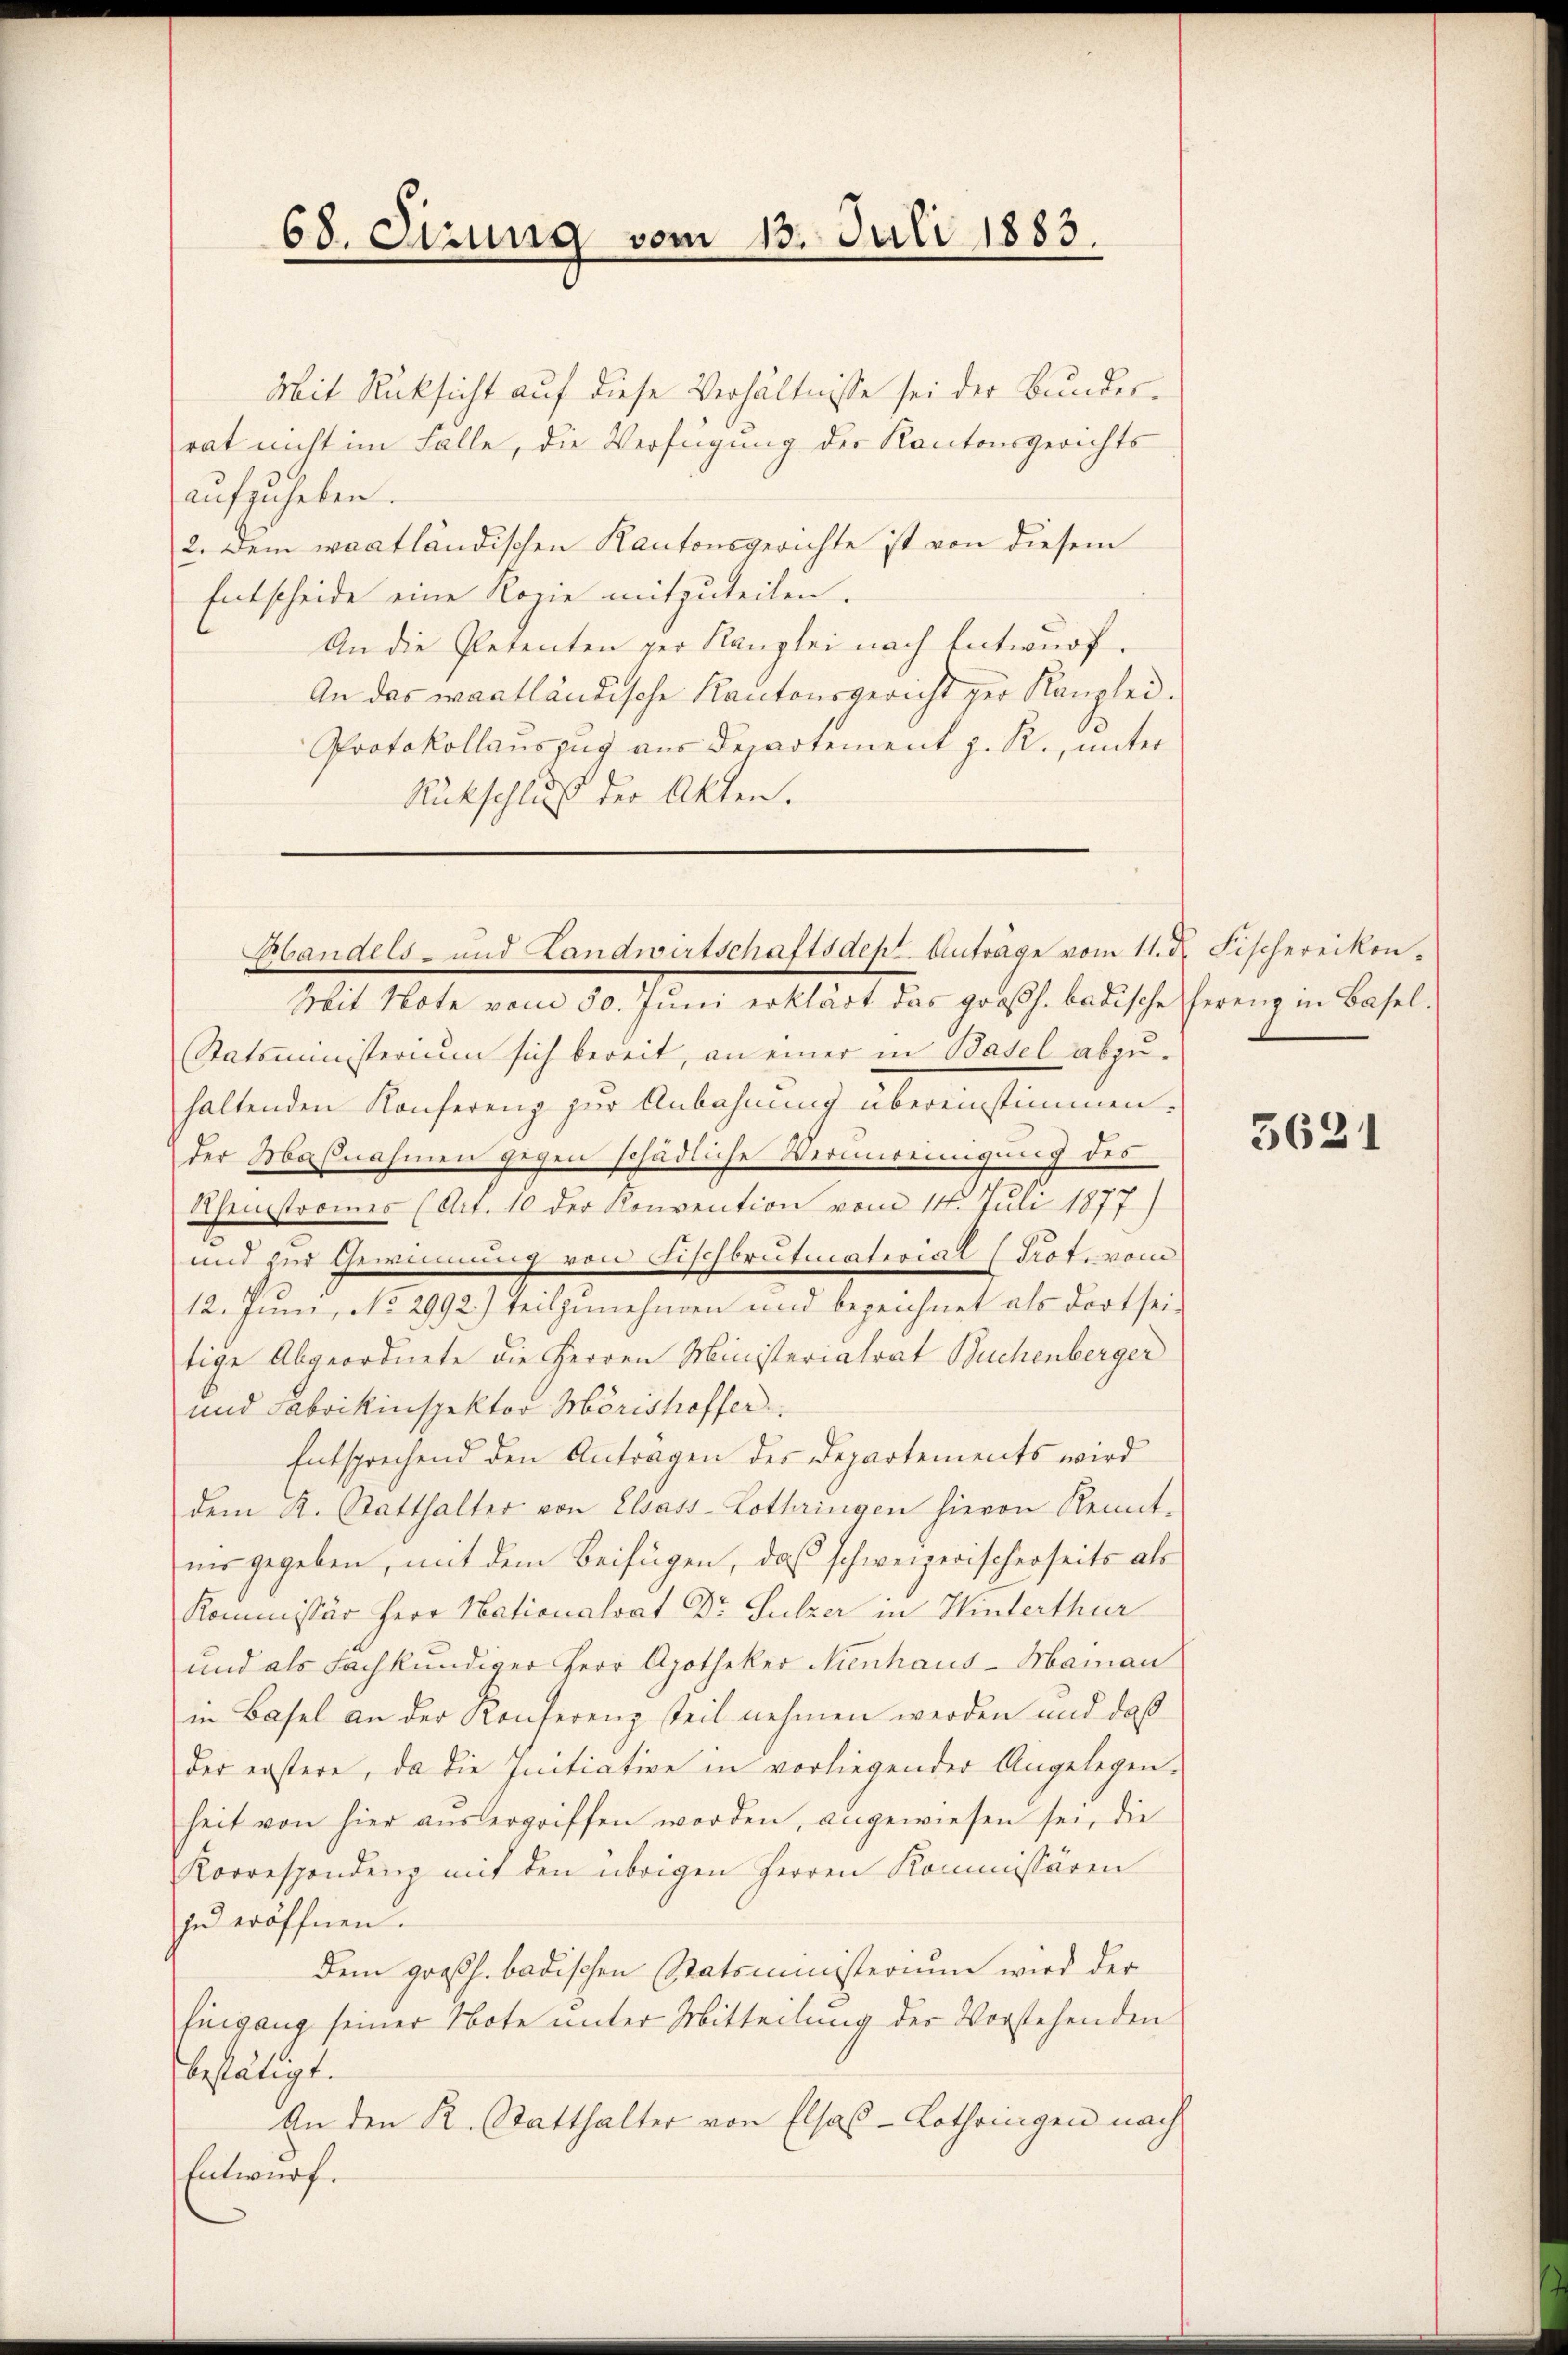
68. Sizung vom 13. Juli 1883.

Mit Rücksicht auf diese Verhältnisse sei der Bundesrat nicht im Falle, die Verfügung der Kantonsgerichts
aufzuheben.
2. Dem waadtländischen Kantonsgerichte ist von diesem
Entscheide eine Rozie mitzuteilen.
An die Petenten per Kanzlei nach Entwurf.
An das waatländische Kantonsgericht zur Kanzlei¬
Protokollauszug aus derartement z. R., unter
Rückschluß der Akten.
Statsministerium sich bereit, an einer in Basel abzŭ-
haltenden Konferenz zur Anbahnung übereinstimmen.
der Maßnahmen gegen schädliches Vermeinigung des
Rheinstromes (Art. 10 der Konvention vom 14. Juli 1877)
und zur Gewinnung von Fischbrutmaterial (Prot. vom
12. Juni, No 2992.) Teilzunehmen und bezeichnet als dort seitige Abgeordnete die Herren Ministeriatrat Buchenberger
und Fabrikinspektor Mörishoffer
Entsprechend den Anträgen des Departements wird
dem K. Statthalter von Elsass-Lothringen hievon Rennt-
nis gegeben, mit dem Beifügen, daß schweizerischerseits als
Kommissär Herr Nationalrat Dr. Sulzer in Hinterthur
und als Fachkundiger Herr Apotheker Nienhaus-Mainau
in Basel an der Konferenz teil nehmen werden und daß
der erstere, da die Initiative in vorliegender Angelegen-
heit von hier aŭsergriffen worden, angewiesen sei, die
Korrespondenz mit den übrigen Herren Kommissären
zu eröffnen.
dem großh. badischen Statsministerium wird der
Eingang seiner Note unter Mitteilung der Vorstehenden
bestätigt.
An den K. Statthalter von Elsas-Lothringen nach
Entwurf.

Handels- und Landwirtschaftsdept. Anträge vom 11. d. Fischereikon¬
Mit Note vom 30. Juni erklärt das großh. badische herenz in Basel-

3621